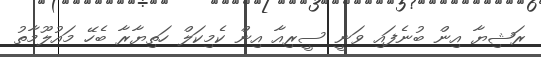
ރަޝިޔާ އިން ބުނެފައި ވަނީ ސީރިއާ އިން ކެމިކަލް ހަތިޔާރާ ބެހޭ މައުލޫމާތު